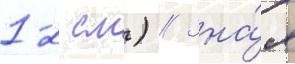
1-2 см) // Зна́я